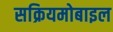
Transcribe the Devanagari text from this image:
सक्रियमोबाइल